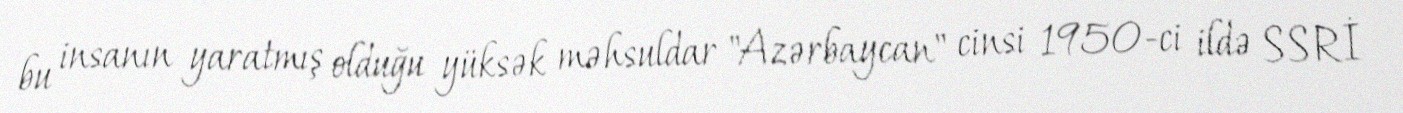
bu insanın yaratmış olduğu yüksək məhsuldar "Azərbaycan" cinsi 1950-ci ildə SSRİ